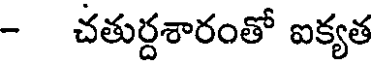
- చతుర్దశారంతో ఐక్యత